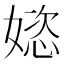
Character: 𫱝